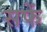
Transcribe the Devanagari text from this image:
सफें